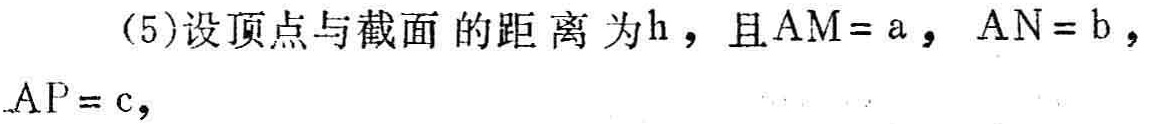
(5)设顶点与截面的距离为\(h\)，且\(AM = a\)，\(AN = b\)，\(AP = c\)，